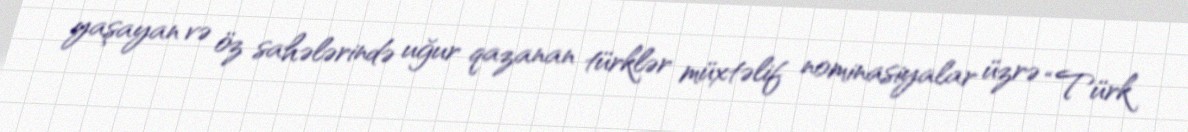
yaşayan və öz sahələrində uğur qazanan türklər müxtəlif nominasiyalar üzrə “Türk